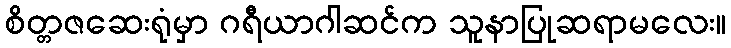
စိတ္တဇဆေးရုံမှာ ဂရီယာဂါဆင်က သူနာပြုဆရာမလေး။